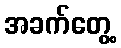
အခက်တွေ့